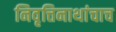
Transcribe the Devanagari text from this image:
निवृत्तिनाथांचाच